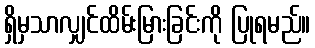
ရှိမှသာလျှင်ထိမ်းမြားခြင်းကို ပြုရမည်။